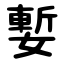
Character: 㜞